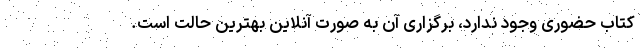
کتاب حضوری وجود ندارد، برگزاری آن به صورت آنلاین بهترین حالت است.